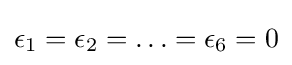
\epsilon _{1}=\epsilon _{2}=\ldots =\epsilon _{6}=0